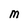
Character: M